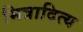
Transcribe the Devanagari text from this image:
मित्रादित्य